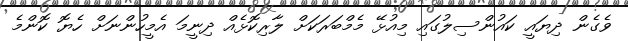
ވެގެން ދިޔައީ ކައުންސިލުގައި މިއުޅޭ މެމްބަރަކަށް ލާރިކޮޅެއް ދިނީމަ އެމީހުންނަށް ހެޔޮ ކޮންމެ